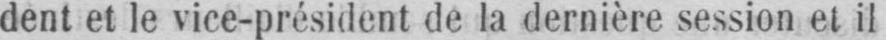
dent et le vice-président de la dernière session et il